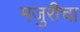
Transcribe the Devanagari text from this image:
मजुरीचा